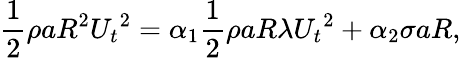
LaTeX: \frac{1}{2}\rho aR^{2}{U_{t}}^{2}=\alpha_{1}\frac{1}{2}\rho aR\lambda{U_{t}}^{2}+\alpha_{2}\sigma aR,